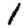
Digit: 1